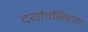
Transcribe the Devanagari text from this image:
दर्यावसिहांना